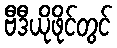
ဗီဒီယိုဖိုင်တွင်